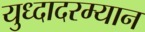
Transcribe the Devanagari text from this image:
युध्दादरम्यान